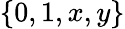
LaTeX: \{ 0,1,x,y\}